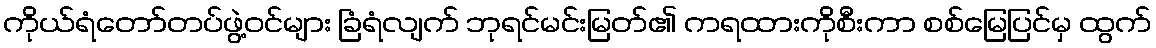
ကိုယ်ရံတော်တပ်ဖွဲ့ဝင်များ ခြံရံလျက် ဘုရင်မင်းမြတ်၏ ကရထားကိုစီးကာ စစ်မြေပြင်မှ ထွက်